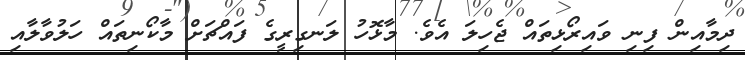
ދިމާއިން ފިނި ވައިރޯޅިތައް ޖެހިލަ އެވެ. މާޅޮހު ލަނގިރީގެ ފައްޗަށް މާކޯނިތައް ހަލުވާލާއި